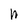
Character: W